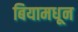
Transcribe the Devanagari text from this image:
बियामधून